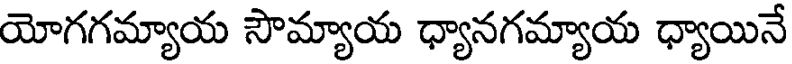
యోగగమ్యాయ సౌమ్యాయ ధ్యానగమ్యాయ ధ్యాయినే